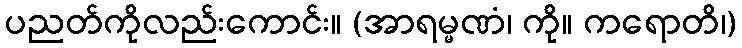
ပညတ်ကိုလည်းကောင်း။ (အာရမ္မဏံ၊ ကို။ ကရောတိ၊)